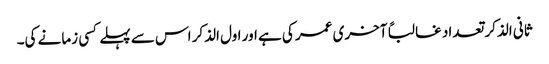
ثانی الذکر تعداد غالباً آخری عمر کی ہے اور اول الذکر اس سے پہلے کسی زمانے کی۔